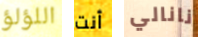
اللؤلؤ أنت نانالي